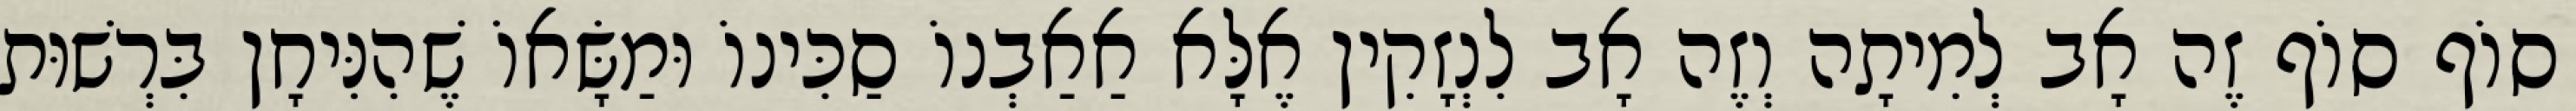
סוֹף סוֹף זֶה אָב לְמִיתָה וְזֶה אָב לִנְזָקִין אֶלָּא אַאַבְנוֹ סַכִּינוֹ וּמַשָּׂאוֹ שֶׁהִנִּיחָן בִּרְשׁוּת